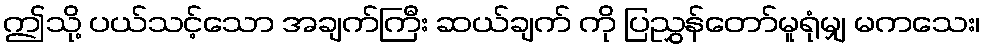
ဤသို့ ပယ်သင့်သော အချက်ကြီး ဆယ်ချက် ကို ပြညွှန်တော်မူရုံမျှ မကသေး၊